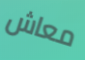
معاش